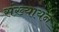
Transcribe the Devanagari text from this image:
संख्यायन